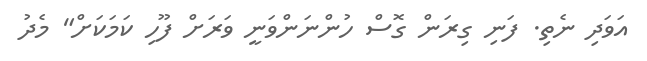
އަވަދި ނެތި. ފަނި ގިރަން ގޮސް ހުންނަންވަނީ ވަރަށް ފޫހި ކަމަކަށް" މެދު